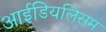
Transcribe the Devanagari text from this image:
आईडियलिसम